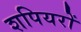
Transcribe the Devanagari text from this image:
शपियरों